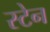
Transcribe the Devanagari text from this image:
स्‍टेन